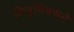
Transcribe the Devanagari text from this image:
वित्रुवियसने